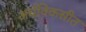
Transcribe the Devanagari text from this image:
अर्धविकसीत